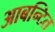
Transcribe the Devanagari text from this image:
आबन्टित